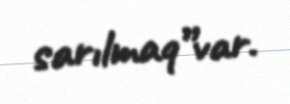
sarılmaq”var.